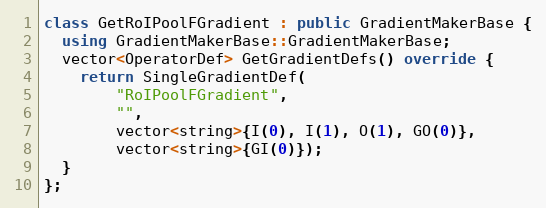
Language: C++
class GetRoIPoolFGradient : public GradientMakerBase {
  using GradientMakerBase::GradientMakerBase;
  vector<OperatorDef> GetGradientDefs() override {
    return SingleGradientDef(
        "RoIPoolFGradient",
        "",
        vector<string>{I(0), I(1), O(1), GO(0)},
        vector<string>{GI(0)});
  }
};